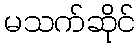
မသက်ဆိုင်